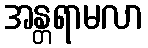
အန္တရာမလာ